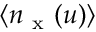
\langle n _ { \mathrm { ~ x ~ } } ( u ) \rangle